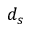
d _ { s }